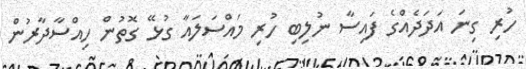
ހުރި ގިނަ އަދަދެއްގެ ފައިސާ ނުލިބި ހުރި މައްސަލައާ ގުޅޭ ގޮތުން ހިއްސާދާރުން